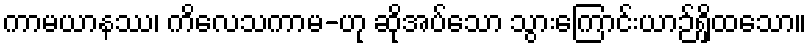
ကာမယာနဿ၊ ကိလေသကာမ-ဟု ဆိုအပ်သော သွားကြောင်းယာဉ်ရှိထသော။